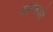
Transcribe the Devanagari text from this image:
मार्गिकाही